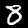
Label: 8